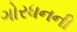
ગોરધનની